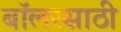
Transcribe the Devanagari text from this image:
बॉलरसाठी